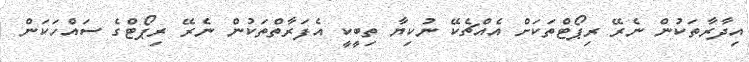
އިދާރާތަކުން ނެރޭ ރިޕޯޓްތަކަށް އެއްޗެކޭ ނުކިޔާ ތިބީކީ އެފަރާތްތަކުން ނެރޭ ރިޕޯޓްގެ ސައްހަކަން